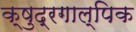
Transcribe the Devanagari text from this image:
क्षुद्रगाल्पिक